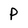
Character: P